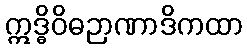
ဣဒ္ဓိဝိဓဉာဏာဒိကထာ